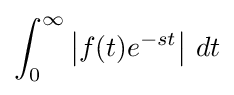
\int _{0}^{\infty }\left|f(t)e^{-st}\right|\,dt